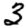
Digit: 3